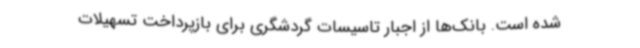
شده است. بانک‌ها از اجبار تاسیسات گردشگری برای بازپرداخت تسهیلات